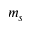
m _ { s }